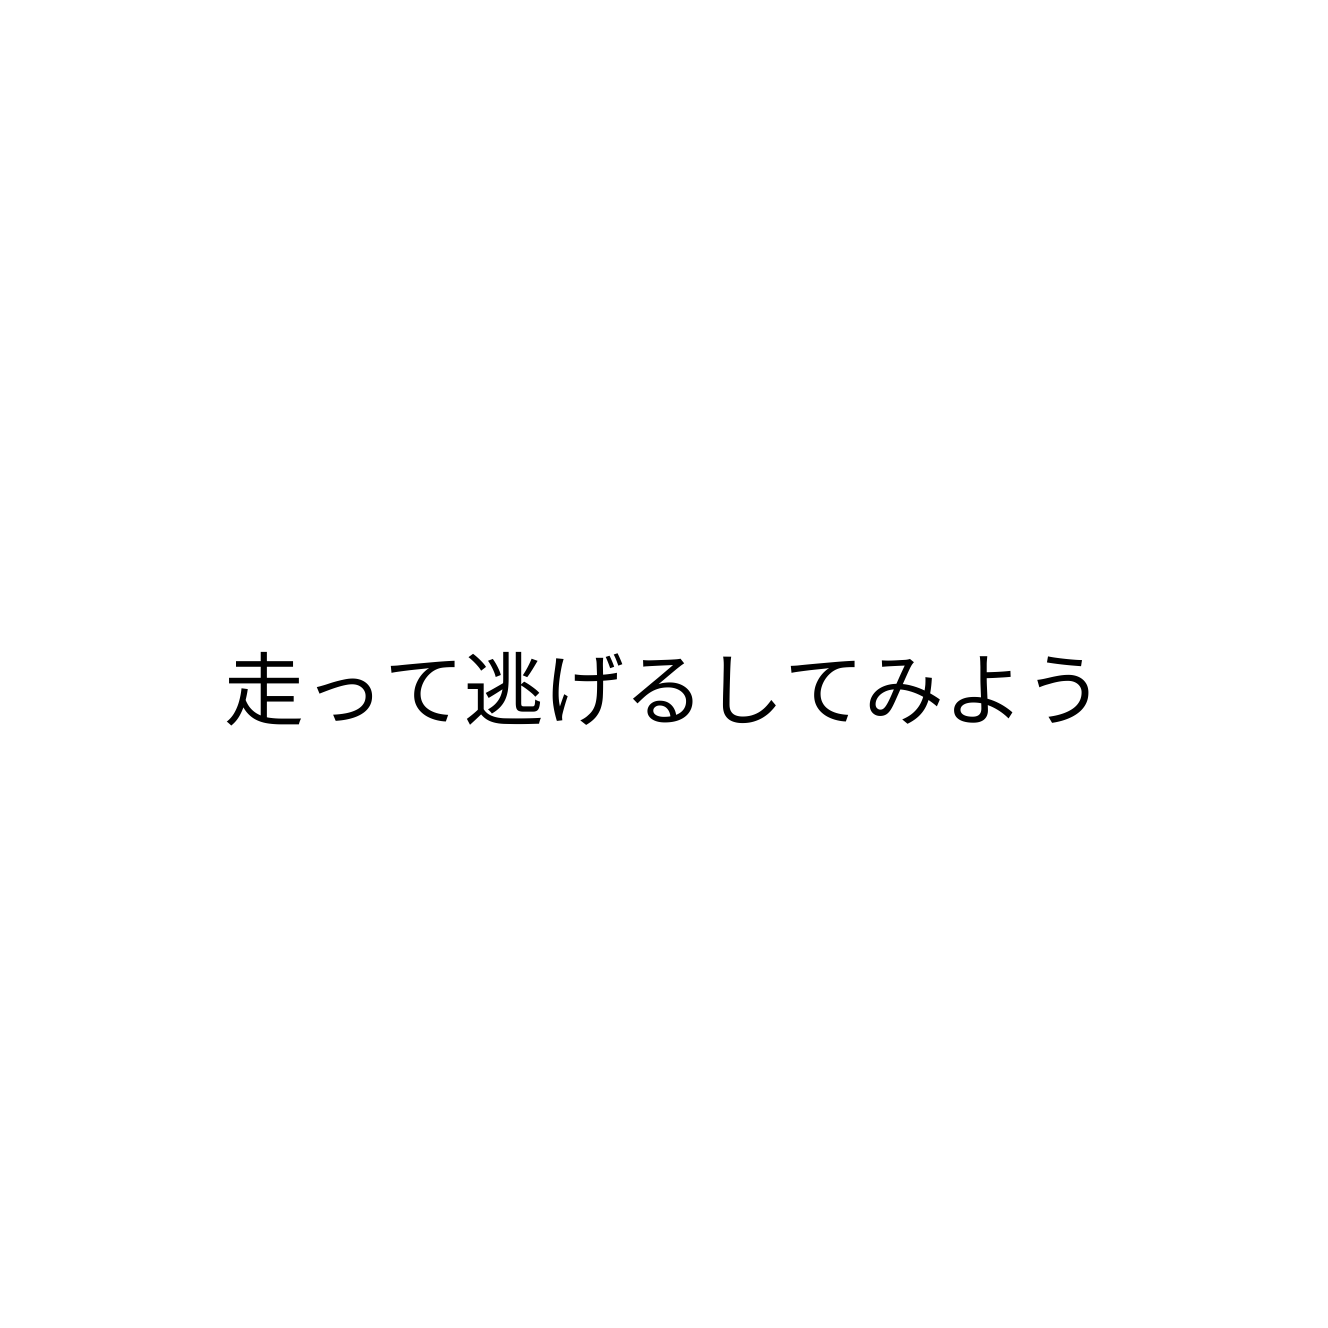
走って逃げるしてみよう